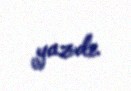
yazdı.